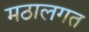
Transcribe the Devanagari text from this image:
मठालगत